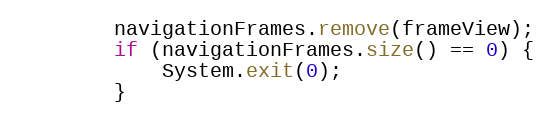
Language: Java
		navigationFrames.remove(frameView);
		if (navigationFrames.size() == 0) {
			System.exit(0);
		}